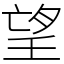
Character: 望